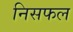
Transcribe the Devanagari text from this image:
निसफल